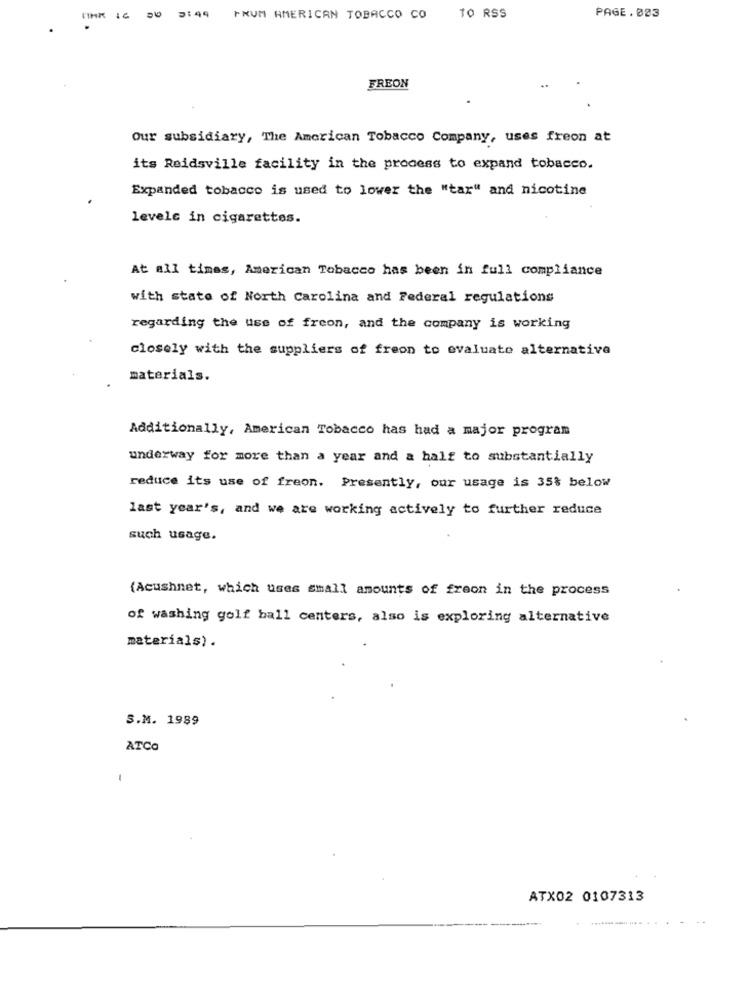
PAGE.023
16
06 2149
+NUM AMERICAN TOBACCO CO TO RSS
FREON
Our subsidiary, The American Tobacco Company, uses freon at
its Reidsville facility in the process to expand tobacco.
Expanded tobacco is used to lower the "tar" and nicotine
levelc in cigarettes.
At all times, American Tobacco has been in full compliance
with state of North Carolina and Federal regulations
regarding the use of freon, and the company is working
closely with the suppliers of freon to evaluate alternative
materials.
Additionally, American Tobacco has had a major program
underway for more than a year and a half to substantially
reduce its use of freon. Presently, our usage is 35% below
last year's, and we are working actively to further reduce
such usage.
(Acushnet, which uses small amounts of freon in the process
of washing golf ball centers, also is exploring alternative
materials).
S.M. 1989
ATCO
1
ATX02 0107313
..